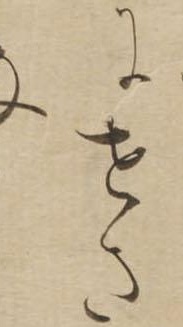
にせさ